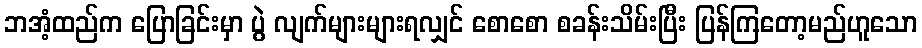
ဘအံ့ထည်က ပြောခြင်းမှာ ပွဲ လျက်များများရလျှင် စောစော စခန်းသိမ်းပြီး ပြန်ကြတော့မည်ဟူသော